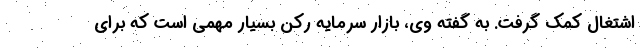
اشتغال کمک گرفت. به گفته وی، بازار سرمایه رکن بسیار مهمی است که برای